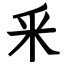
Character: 釆